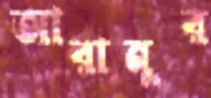
আরানুর